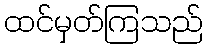
ထင်မှတ်ကြသည်